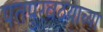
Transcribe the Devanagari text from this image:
पतपुरवठयाच्या